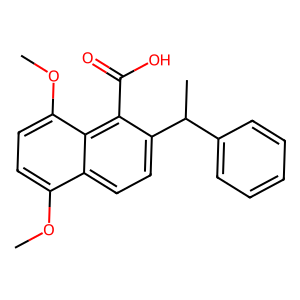
SMILES: COc1ccc(OC)c2c(C(=O)O)c(C(C)c3ccccc3)ccc12
Inhibits HIV replication: No